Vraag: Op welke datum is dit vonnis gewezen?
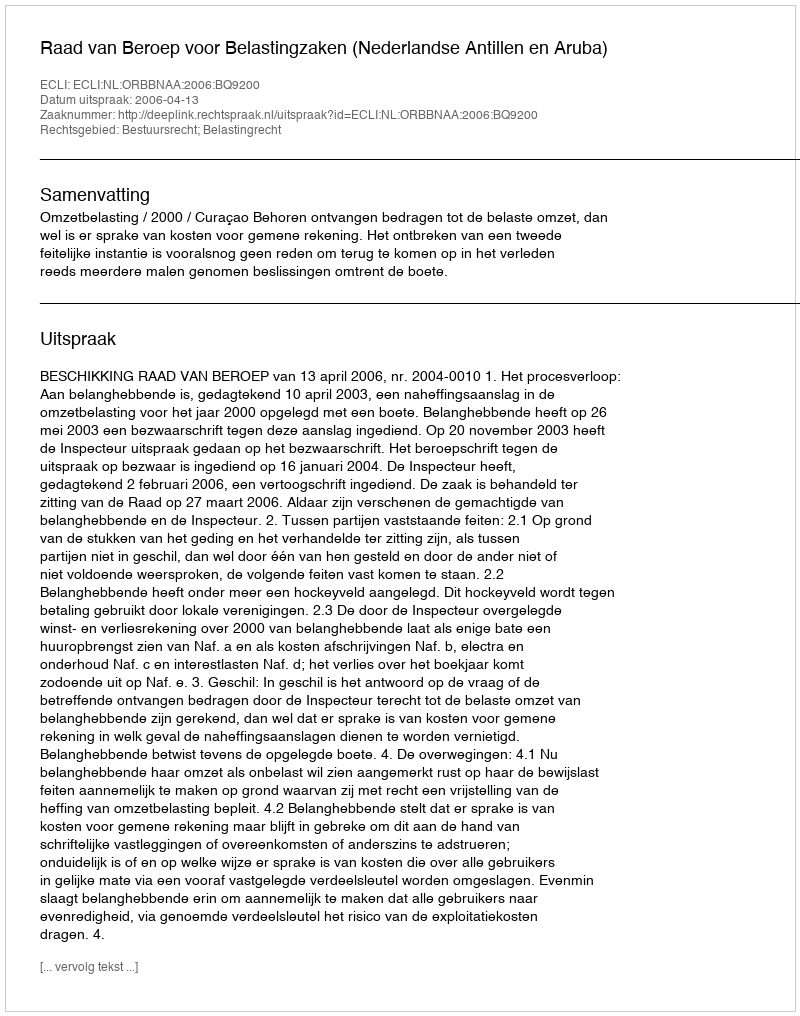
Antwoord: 2006-04-13